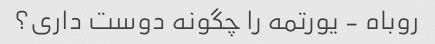
روباه - یورتمه را چگونه دوست داری؟